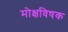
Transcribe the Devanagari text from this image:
मोक्षविषक